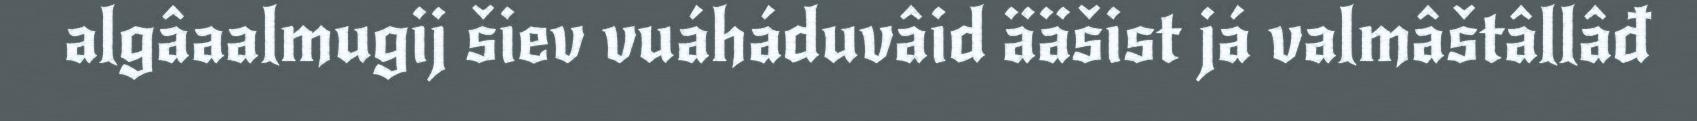
algâaalmugij šiev vuáháduvâid ääšist já valmâštâllâđ